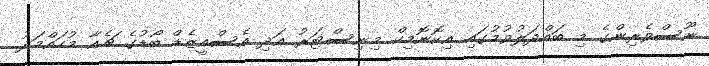
ނޫސްވެރިންގެ މި ބައްދަލުވުމުގައި އިކޮނޮމިކް މިނިސްޓަރު އަދި އެސްއީޒެޑް ބޯޑުގެ ޗެއާ މުހައްމަދު